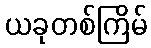
ယခုတစ်ကြိမ်